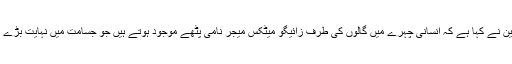
طبی ماہرین نے کہا ہے کہ انسانی چہرے میں گالوں کی طرف زائیگو میٹکس میجر نامی پٹھے موجود ہوتے ہیں جو جسامت میں نہایت بڑے ہوتے ہیں۔